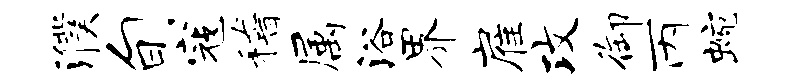
濮旬寇稽属浴界雇攻御丙蜿